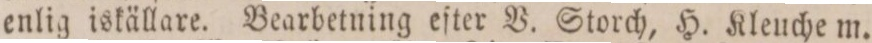
enlig iskällare. Bearbetning efter V. Storch, H. Kleuche m.